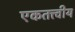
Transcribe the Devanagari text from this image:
एकतत्त्वीय